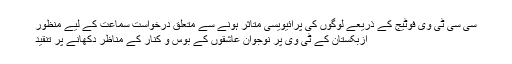
سی سی ٹی وی فوٹیج کے ذریعے لوگوں کی پرائیویسی متاثر ہونے سے متعلق درخواست سماعت کے لیے منظور
ازبکستان کے ٹی وی پر نوجوان عاشقوں کے بوس و کنار کے مناظر دکھانے پر تنقید